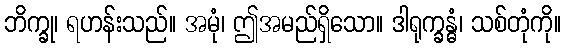
ဘိက္ခု၊ ရဟန်းသည်။ အမုံ၊ ဤအမည်ရှိသော။ ဒါရုက္ခန္ဓံ၊ သစ်တုံကို။